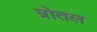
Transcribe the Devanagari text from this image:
त्रोतल